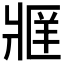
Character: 𬌄